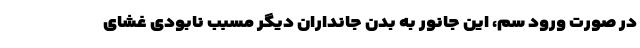
در صورت ورود سم، این جانور به بدن جانداران دیگر مسبب نابودی غشای